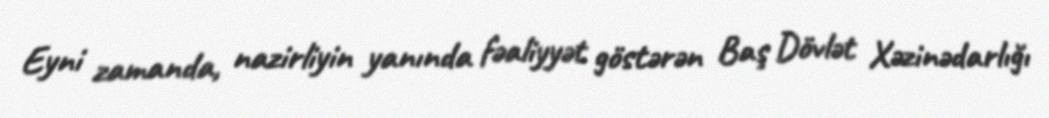
Eyni zamanda, nazirliyin yanında fəaliyyət göstərən Baş Dövlət Xəzinədarlığı